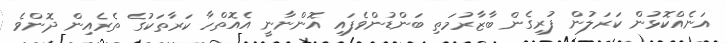
އަނެއްކޮޅުން ކަރަލުން ފުރިގެން ބާޒާރުމަތި ބަންޑުންވެފައި އޮންނާނީ އެއޮތްހާ ކަރާތަކުގެ ތެރެއިން ދޮންވެ